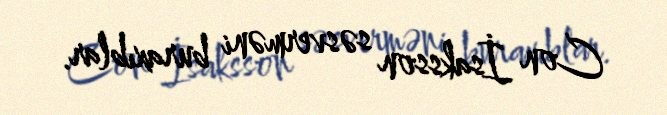
Con İsaksson səsverməni buraxıblar.